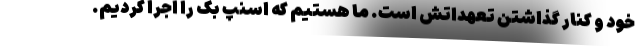
خود و کنار گذاشتن تعهداتش است. ما هستیم که اسنپ بک را اجرا کردیم.